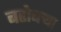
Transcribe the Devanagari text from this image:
बरोबर्‍या